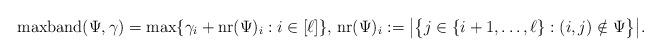
LaTeX: \begin{align*}{\rm maxband}(\Psi,\gamma)=\max\{\gamma_i+ {\rm nr}(\Psi)_i : i\in[\ell]\}, \, {\rm nr}(\Psi)_i := \big|\big\{j \in \{i+1, \dots, \ell\} : (i,j) \notin \Psi\big\}\big|.\end{align*}